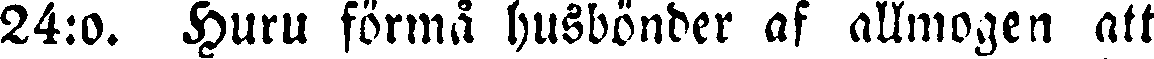
24:0. Huru förmå husbönder af allmogen att